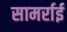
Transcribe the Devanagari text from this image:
सामर्राई